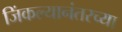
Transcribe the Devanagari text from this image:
जिंकल्यानंतरच्या